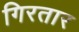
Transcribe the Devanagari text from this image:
गिरतार